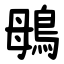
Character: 䳇